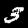
Label: 3